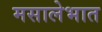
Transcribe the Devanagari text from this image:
मसालेभात